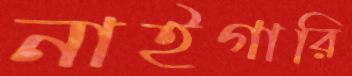
নাইগারি